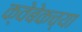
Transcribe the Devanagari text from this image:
क्वेबेकच्या